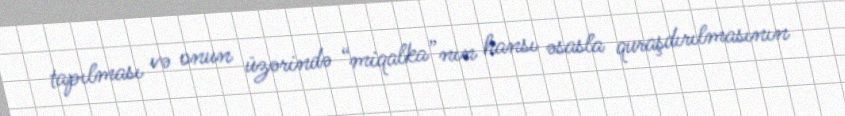
tapılması və onun üzərində “miqalka”nın hansı əsasla quraşdırılmasının